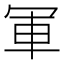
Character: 軍